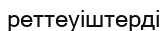
реттеуіштерді